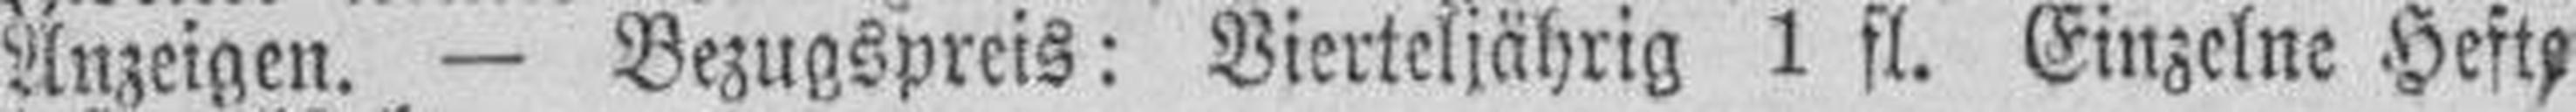
Anzeigen. — Bezugspreis: Vierteljährig 1 fl. Einzelne Hefte